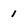
Character: 1